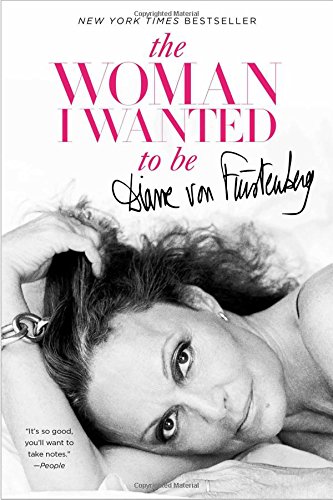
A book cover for The Woman I Wanted to Be; Diane von Furstenberg; Arts & Photography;